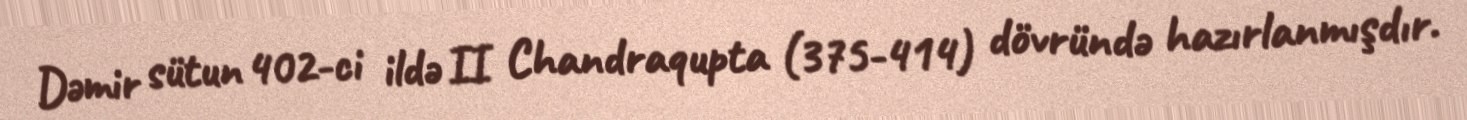
Dəmir sütun 402-ci ildə II Chandraqupta (375-414) dövründə hazırlanmışdır.